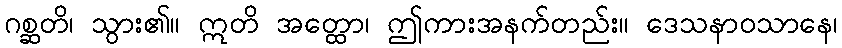
ဂစ္ဆတိ၊ သွား၏။ ဣတိ အတ္ထော၊ ဤကားအနက်တည်း။ ဒေသနာဝသာနေ၊